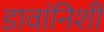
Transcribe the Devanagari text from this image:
डावांनिशी